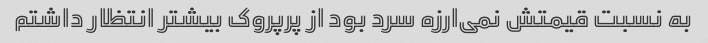
به نسبت قیمتش نمی‌ارزه سرد بود از پرپروک بیشتر انتظار داشتم